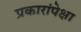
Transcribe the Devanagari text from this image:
प्रकारांपेक्षा